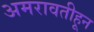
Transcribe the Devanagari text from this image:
अमरावतीहून